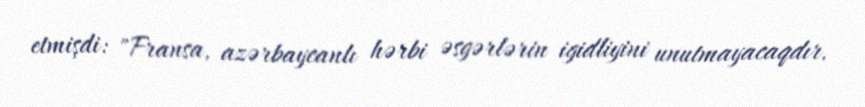
etmişdi: "Fransa, azərbaycanlı hərbi əsgərlərin igidliyini unutmayacaqdır.